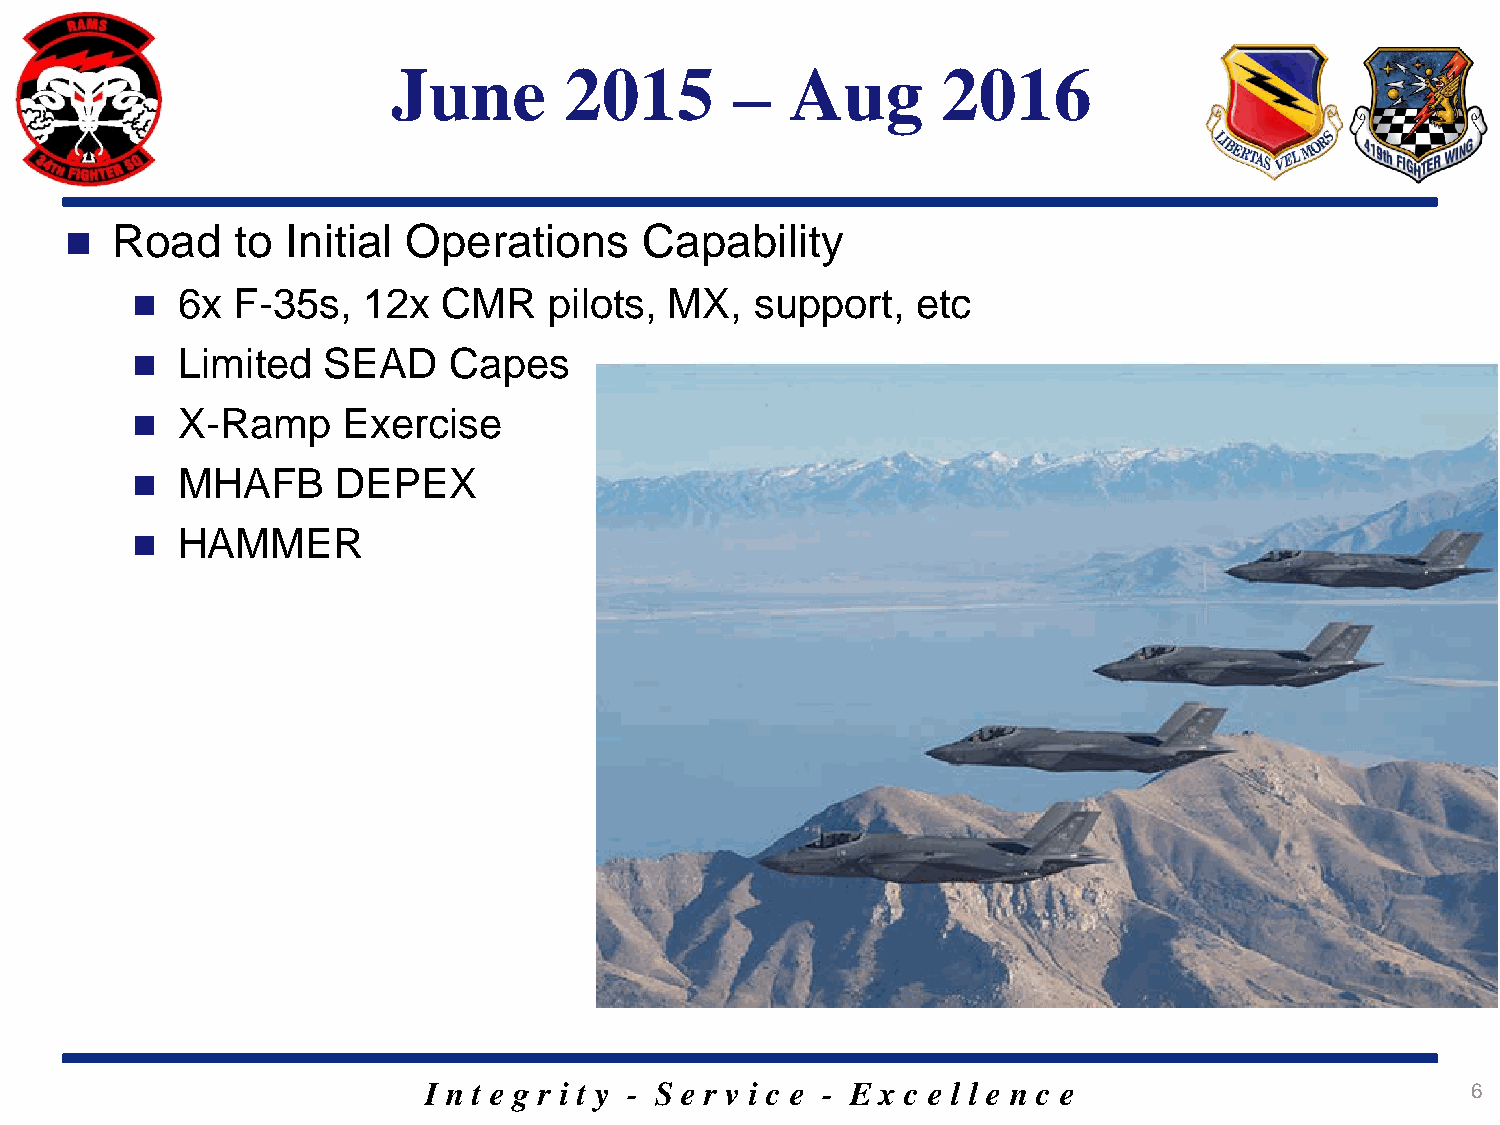
June       2015        –  Aug       2016
   Road     to Initial Operations      Capability
   6x F-35s,   12x  CMR    pilots, MX,   support,   etc
   Limited  SEAD     Capes
   X-Ramp     Exercise
   MHAFB     DEPEX
   HAMMER
 I n t e g r i t y - S e r v i c e - E x c e l l e n c e              6